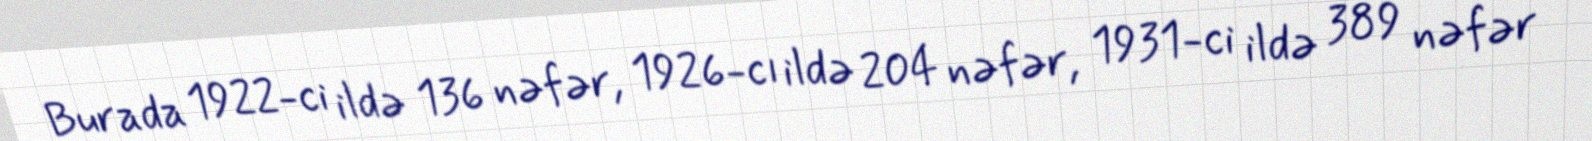
Burada 1922-ci ildə 136 nəfər, 1926-cı ildə 204 nəfər, 1931-ci ildə 389 nəfər